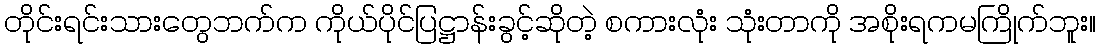
တိုင်းရင်းသားတွေဘက်က ကိုယ်ပိုင်ပြဋ္ဌာန်းခွင့်ဆိုတဲ့ စကားလုံး သုံးတာကို အစိုးရကမကြိုက်ဘူး။